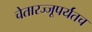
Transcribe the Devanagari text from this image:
चेतारज्जूपर्यंतच